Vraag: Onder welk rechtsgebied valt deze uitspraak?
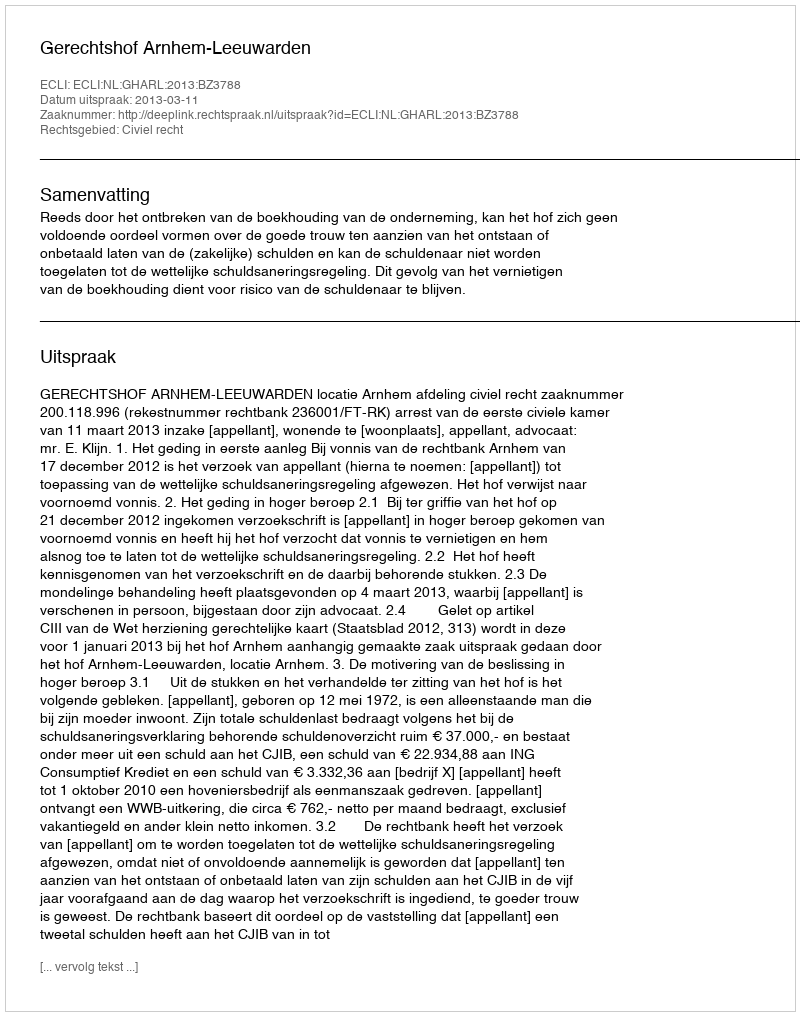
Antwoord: Civiel recht